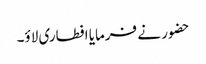
حضور نے فرمایا افطاری لاؤ۔